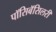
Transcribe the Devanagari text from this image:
पॉसिबॅसिलरी